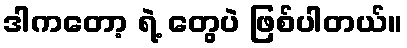
ဒါကတော့ ရဲ့ တွေပဲ ဖြစ်ပါတယ်။